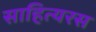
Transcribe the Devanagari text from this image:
साहित्यरस